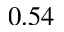
0 . 5 4